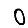
Digit: 0